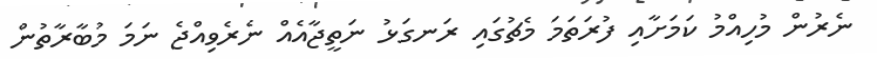
ނެރުން މުހިއްމު ކަމަށާއި ފުރަތަމަ މެޗުގައި ރަނގަޅު ނަތީޖާއެއް ނެރެވިއްޖެ ނަމަ މުބާރާތުން